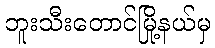
ဘူးသီးတောင်မြို့နယ်မှ